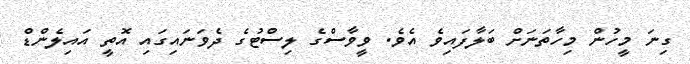
ގިނަ މީހުން މިހާތަނަށް ބަލާފައިވެ އެވެ. ވީވާސްގެ ލިސްޓުގެ ދެވަނައިގައި އޮތީ އައިލެންޑް